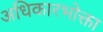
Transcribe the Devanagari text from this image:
अधिकारभोक्ता